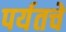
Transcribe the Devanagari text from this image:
पर्यतचे